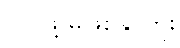
လုပ်ဖို့ မဖြစ်နိုင်ဘူး